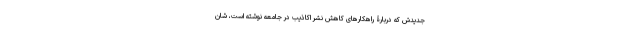
جدیدش که دربارۀ راهکارهای کاهش نشر اکاذیب در جامعه نوشته است، شان